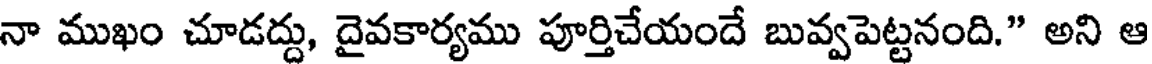
నా ముఖం చూడద్దు, దైవకార్యము పూర్తిచేయందే బువ్వపెట్టనంది." అని ఆ